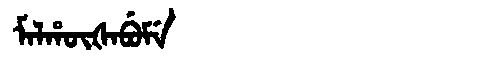
Manchu: ᠮᠠᠯᡥᡡᡧᠠᠪᡠᠮᡝ
Romanization: MALHŪŠABUME